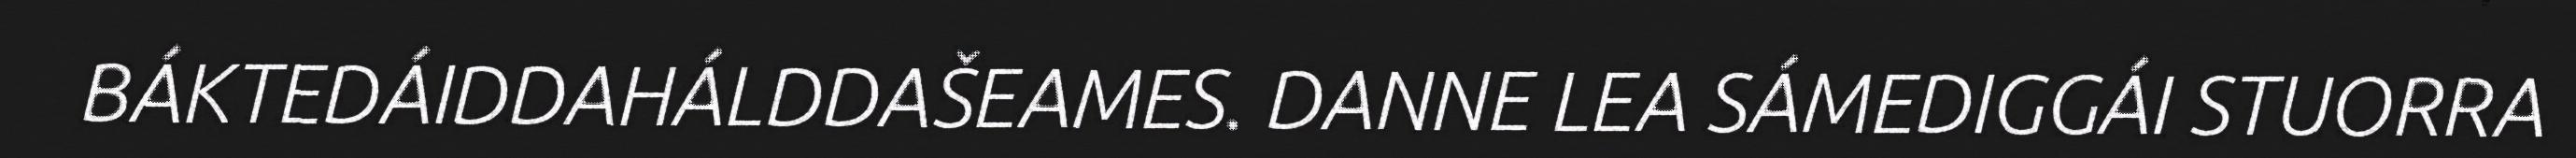
BÁKTEDÁIDDAHÁLDDAŠEAMES. DANNE LEA SÁMEDIGGÁI STUORRA